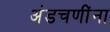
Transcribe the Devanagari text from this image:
अंडचणींना